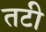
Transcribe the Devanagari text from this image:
तटी